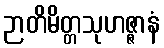
ဉာတိမိတ္တသုဟဇ္ဇာနံ